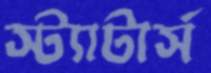
স্ট্যাটার্স